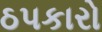
ઠપકારો